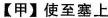
【甲】使至塞上